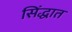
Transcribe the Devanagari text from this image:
सिंद्धात